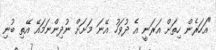
"އަހަރެން ހިތަށް އަރަނީ އެ ދުވަހު އޭނަ މަށަށް ނުދިންނަމައޭ އޭތި ބުނި